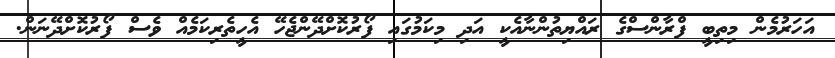
އަހަރުމެން މިތިބީ ފްރާންސްގެ ރައްޔިތުންނާއެކީ އަދި މިކަމުގައި ފޯރުކޮށްދޭންޖެހޭ އެހީތެރިކަމެއް ވެސް ފޯރުކޮށްދޭނަން.